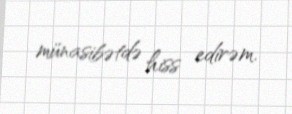
münasibətdə hiss edirəm.